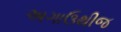
અગાઉથીજ